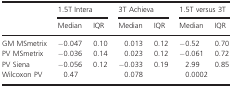
| <ROWSPAN=2>  | <COLSPAN=2> 1.5T Intera | <COLSPAN=2> 3T Achieva | <COLSPAN=2> 1.5T versus 3T |
 | Median | IQR | Median | IQR | Median | IQR |
 | --- | --- | --- | --- | --- | --- | --- |
 | GM MSmetrix | −0.047 | 0.10 | 0.013 | 0.12 | −0.52 | 0.70 |
 | PV MSmetrix | −0.036 | 0.14 | 0.023 | 0.12 | −0.061 | 0.72 |
 | PV Siena | −0.056 | 0.12 | −0.033 | 0.19 | 2.99 | 0.85 |
 | Wilcoxon PV | 0.47 |  | 0.078 |  | 0.0002 |  |